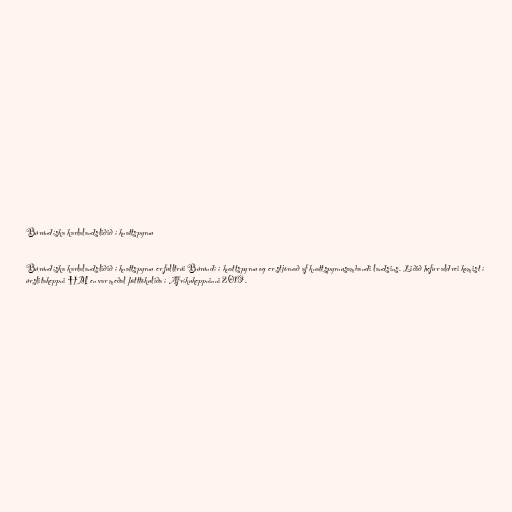
Búrúndíska karlalandsliðið í knattspyrnu

Búrúndíska karlalandsliðið í knattspyrnu er fulltrúi Búrúndí í knattspyrnu og er stjórnað af knattspyrnusambandi landsins. Liðið hefur aldrei komist í
úrslitakeppni HM en var meðal þátttökuliða í Afríkukeppninni 2019.